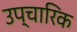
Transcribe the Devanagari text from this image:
उप्चारिक